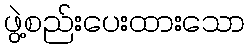
ဖွဲ့စည်းပေးထားသော